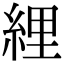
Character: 䋥